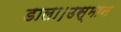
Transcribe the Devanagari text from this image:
डाला।उस्मान